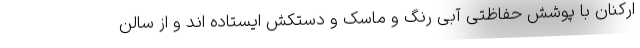
ارکنان با پوشش حفاظتی آبی رنگ و ماسک و دستکش ایستاده اند و از سالن